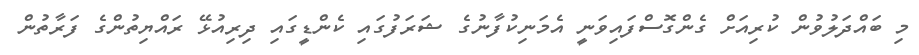
މި ބައްދަލުވުން ކުރިއަށް ގެންގޮސްފައިވަނީ އެމަނިކުފާނުގެ ޝަރަފުގައި ކެންޑީގައި ދިރިއުޅޭ ރައްޔިތުންގެ ފަރާތުން